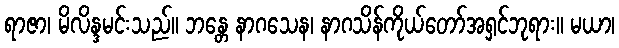
ရာဇာ၊ မိလိန္ဒမင်းသည်။ ဘန္တေ နာဂသေန၊ နာဂသိန်ကိုယ်တော်အရှင်ဘုရား။ မယာ၊